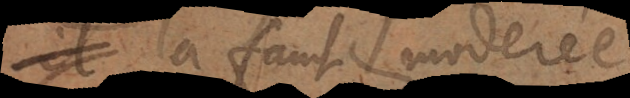
la faut moderée